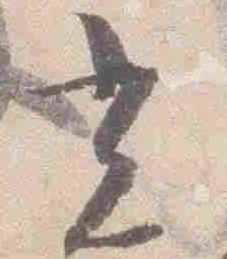
光